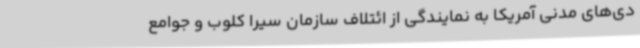
دی‌های مدنی آمریکا به نمایندگی از ائتلاف سازمان سیرا کلوب و جوامع